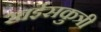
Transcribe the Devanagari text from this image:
खईसकुत्री